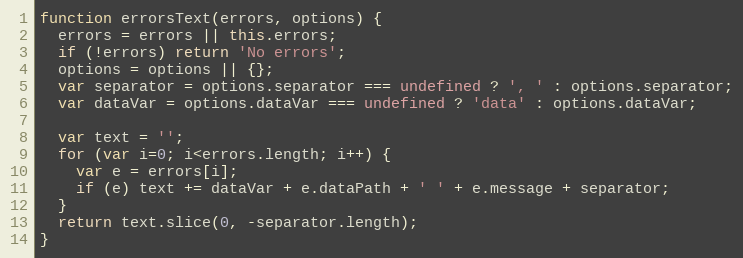
Language: JavaScript
function errorsText(errors, options) {
  errors = errors || this.errors;
  if (!errors) return 'No errors';
  options = options || {};
  var separator = options.separator === undefined ? ', ' : options.separator;
  var dataVar = options.dataVar === undefined ? 'data' : options.dataVar;

  var text = '';
  for (var i=0; i<errors.length; i++) {
    var e = errors[i];
    if (e) text += dataVar + e.dataPath + ' ' + e.message + separator;
  }
  return text.slice(0, -separator.length);
}